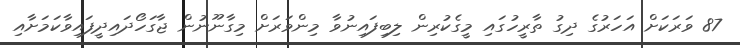
87 ވަރަކަށް އަހަރުގެ ދިގު ތާރީހުގައި މީގެކުރިން ލިބިފައިނުވާ މިންވަރަށް މިގާނޫނުން ޖާގަހޯދައިދީފައިވާކަމަށާއި